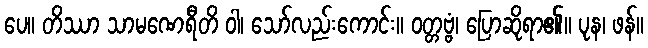
ပေ။ တိဿာ သာမဏေရီတိ ဝါ၊ သော်လည်းကောင်း။ ဝတ္တဗ္ဗံ၊ ပြောဆိုရာ၏။ ပုန၊ ဖန်။